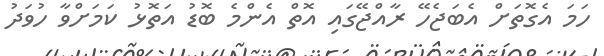
ހަމަ އެގޮތަށް އެބަޖެހޭ ރާއްޖޭގައި އޮތް އެންމެ ބޮޑު އަތޮޅު ކަމަށްވާ ހުވަދު